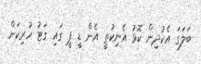
ބަލަގަ އެކުދިން ކޮޅު އެނިކުތީ އެން ޑީ ޕީ ގައި ގަޓު ހުރިކަން